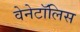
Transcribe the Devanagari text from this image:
वेनेटॉलिस